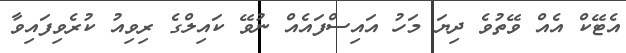
އެޓޭކް އެއް ވޭތުވެ ދިޔަ މަހު އައިސްފައެއް ނުވޭ ކައިލްގެ ރިވިއު ކުރެވިފައިވާ